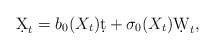
LaTeX: \begin{align*}\d X_t=b_0(X_t)\d t+\sigma_0(X_t)\d W_t,\end{align*}